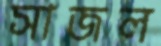
সাজল